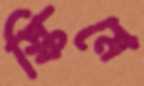
স্কিমে